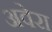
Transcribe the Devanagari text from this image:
अवेरा